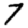
Digit: 7